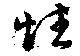
性